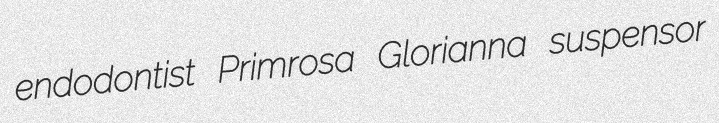
endodontist Primrosa Glorianna suspensor